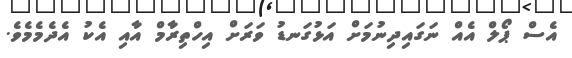
އެސް ޕޯލް އެއް ނަގައިދިނުމަށް އަޅުގަނޑު ވަރަށް އިހްތިރާމް އާއި އެކު އެދެމެމެވެ.